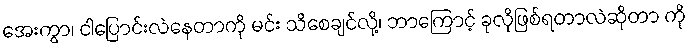
အေးကွာ၊ ငါပြောင်းလဲနေတာကို မင်း သိစေချင်လို့၊ ဘာကြောင့် ခုလိုဖြစ်ရတာလဲဆိုတာ ကို